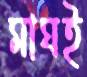
মাঘই